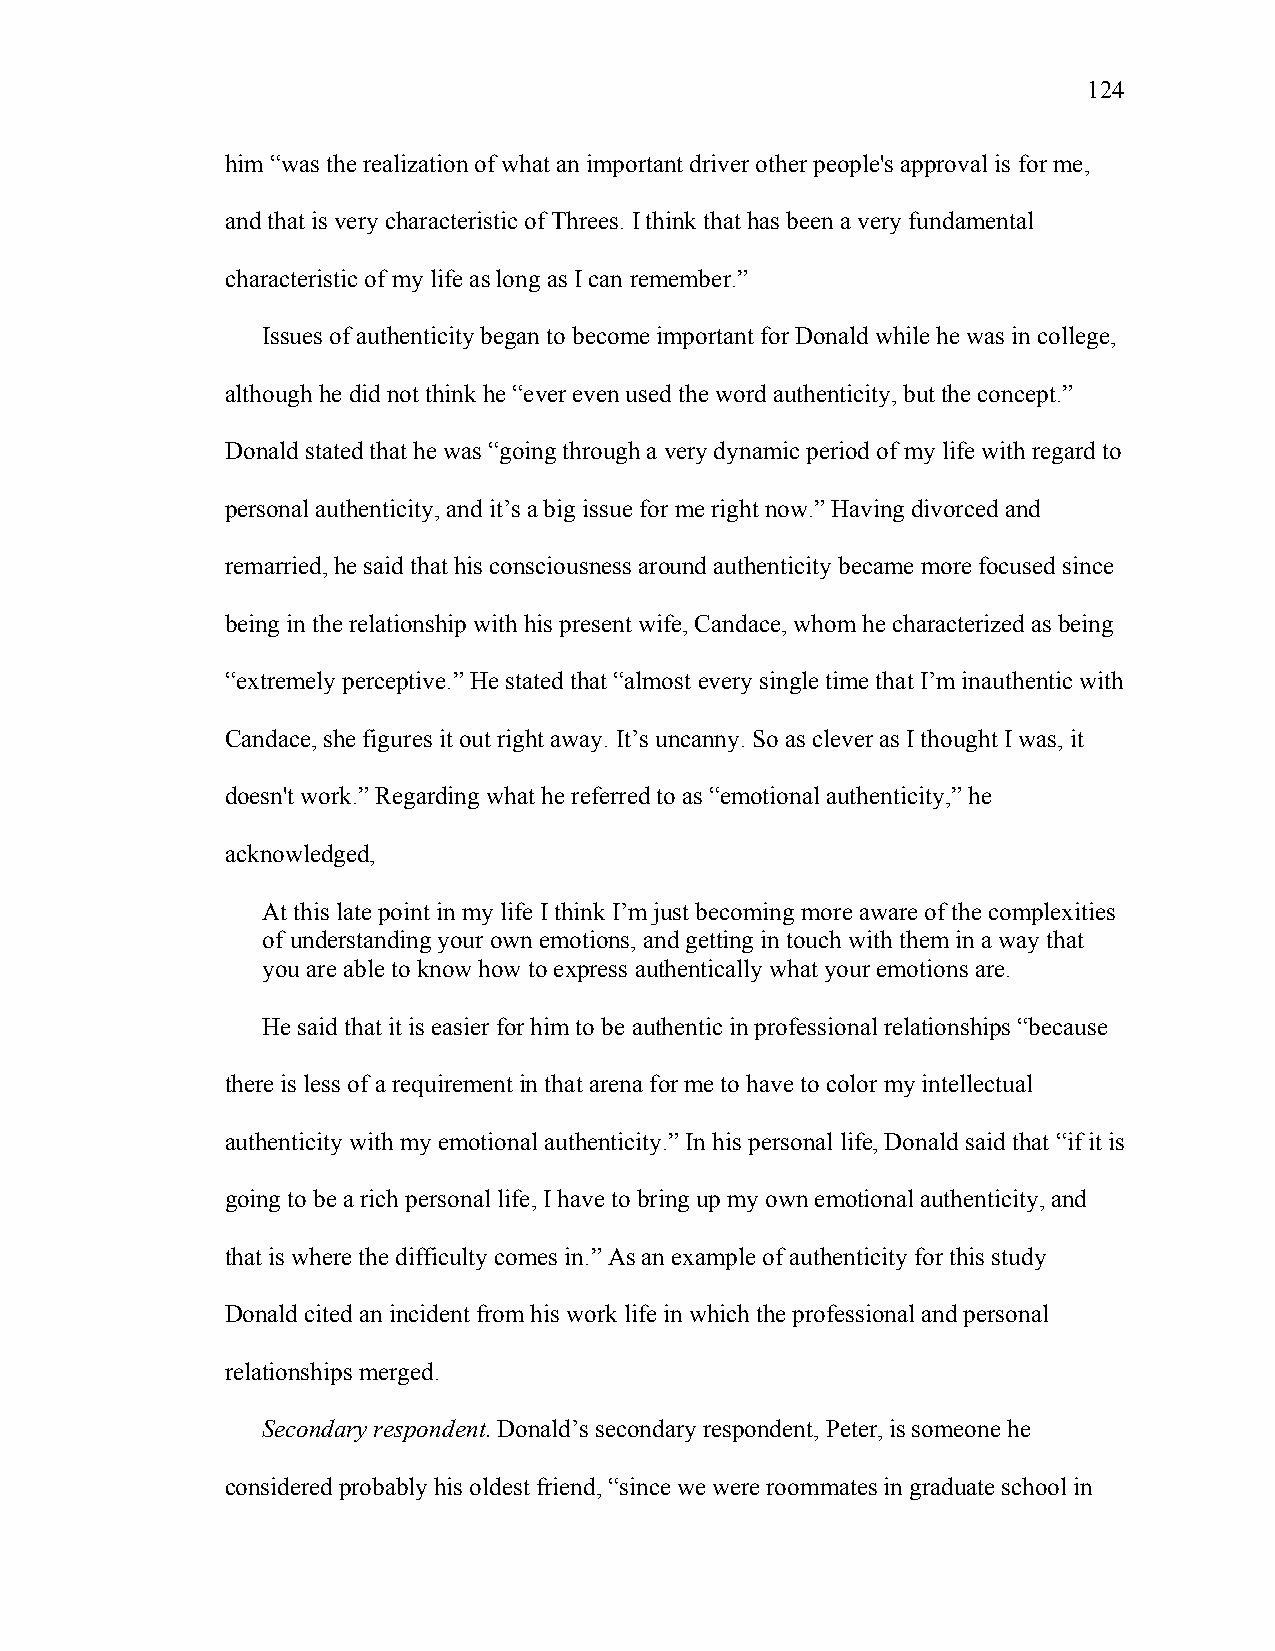
124
 him “was the realization of what an important driver other people's approval is for me,
 and that is very characteristic of Threes. I think that has been a very fundamental
 characteristic of my life as long as I can remember.”
 Issues of authenticity began to become important for Donald while he was in college,
 although he did not think he “ever even used the word authenticity, but the concept.”
 Donald stated that he was “going through a very dynamic period of my life with regard to
 personal authenticity, and it’s a big issue for me right now.” Having divorced and
 remarried, he said that his consciousness around authenticity became more focused since
 being in the relationship with his present wife, Candace, whom he characterized as being
 “extremely perceptive.” He stated that “almost every single time that I’m inauthentic with
 Candace, she figures it out right away. It’s uncanny. So as clever as I thought I was, it
 doesn't work.” Regarding what he referred to as “emotional authenticity,” he
 acknowledged,
 At this late point in my life I think I’m just becoming more aware of the complexities
 of understanding your own emotions, and getting in touch with them in a way that
 you are able to know how to express authentically what your emotions are.
 He said that it is easier for him to be authentic in professional relationships “because
 there is less of a requirement in that arena for me to have to color my intellectual
 authenticity with my emotional authenticity.” In his personal life, Donald said that “if it is
 going to be a rich personal life, I have to bring up my own emotional authenticity, and
 that is where the difficulty comes in.” As an example of authenticity for this study
 Donald cited an incident from his work life in which the professional and personal
 relationships merged.
 Secondary respondent. Donald’s secondary respondent, Peter, is someone he
 considered probably his oldest friend, “since we were roommates in graduate school in